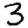
Digit: 3